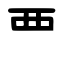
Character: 覀